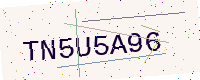
Text: TN5U5A96